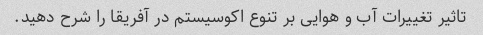
تاثیر تغییرات آب و هوایی بر تنوع اکوسیستم در آفریقا را شرح دهید.